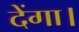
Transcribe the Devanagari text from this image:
देंगा।